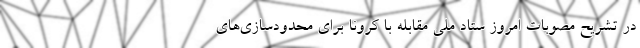
در تشریح مصوبات امروز ستاد ملی مقابله با کرونا برای محدودسازی‌های